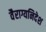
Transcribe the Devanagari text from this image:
वैराग्यनिदेश